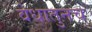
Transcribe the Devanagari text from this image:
वेधातुनच